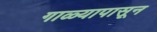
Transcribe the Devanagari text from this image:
गाळ्यापासून